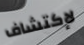
لإكتشاف